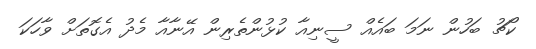
ކޯޗު ބަހުން ނަމަ ބައެއް ސީނިއާ ކުޅުންތެރިން އޭނާއާ މެދު އެގޮތަށް ވާހަކަ